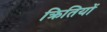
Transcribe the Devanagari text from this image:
क्रितियों